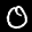
Label: 0